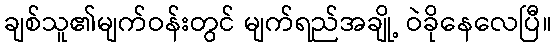
ချစ်သူ၏မျက်ဝန်းတွင် မျက်ရည်အချို့ ဝဲခိုနေလေပြီ။